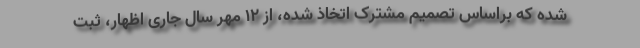
شده که براساس تصمیم مشترک اتخاذ شده، از ۱۲ مهر سال جاری اظهار، ثبت